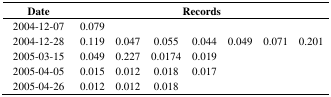
<table><thead><tr><td><b>Date</b></td><td colspan="7"><b>Records</b></td></tr></thead><tbody><tr><td>2004-12-07</td><td>0.079</td><td></td><td></td><td></td><td></td><td></td><td></td></tr><tr><td>2004-12-28</td><td>0.119</td><td>0.047</td><td>0.055</td><td>0.044</td><td>0.049</td><td>0.071</td><td>0.201</td></tr><tr><td>2005-03-15</td><td>0.049</td><td>0.227</td><td>0.0174</td><td>0.019</td><td></td><td></td><td></td></tr><tr><td>2005-04-05</td><td>0.015</td><td>0.012</td><td>0.018</td><td>0.017</td><td></td><td></td><td></td></tr><tr><td>2005-04-26</td><td>0.012</td><td>0.012</td><td>0.018</td><td></td><td></td><td></td><td></td></tr></tbody></table>